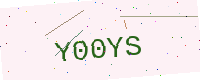
Text: Y00YS